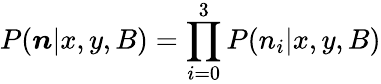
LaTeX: P({\boldsymbol n}|x,y,B)=\prod_{i=0}^{3}P(n_{i}|x,y,B)